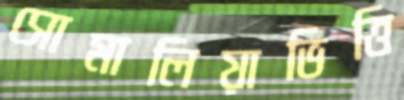
সোমালিয়াভিত্তি